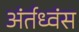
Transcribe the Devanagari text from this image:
अंर्तध्वंस